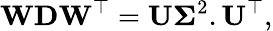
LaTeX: \mathbf{WDW}^{\top}=\mathbf{U}\boldsymbol{\Sigma}^{2}.\mathbf{U}^{\top},